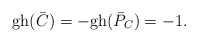
\begin{align*}{\rm gh} (\bar{C})=-{\rm gh} (\bar{P}_C)=-1.\end{align*}